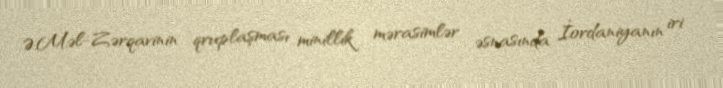
Ə.M.əl-Zərqavinin qruplaşması minillik mərasimlər əsnasında İordaniyanın iri